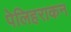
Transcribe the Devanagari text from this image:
पेलिहराकन